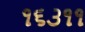
૧૬૩૧૧